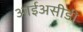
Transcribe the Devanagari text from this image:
आईअसीडी